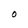
Character: O